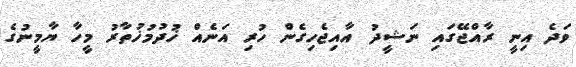
ވަދެ އިނީ ރާއްޖޭގައި ނަޝީދު އާއިޖެހިގެން ހުރި އަނެއް ޚުދުމުޚުތާރު މީހާ ޔާމީނުގެ